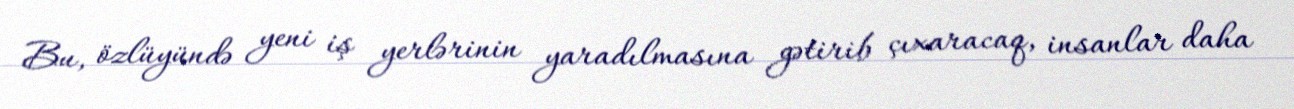
Bu, özlüyündə yeni iş yerlərinin yaradılmasına gətirib çıxaracaq, insanlar daha